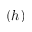
( h )